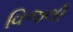
વિજલી